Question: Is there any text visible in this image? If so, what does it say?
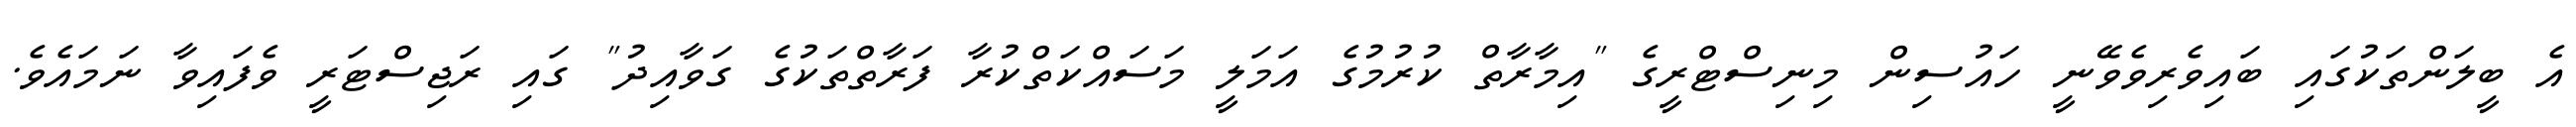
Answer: އެ ބީލަންތަކުގައި ބައިވެރިވެވޭނީ ހައުސިން މިނިސްޓްރީގެ "އިމާރާތް ކުރުމުގެ އަމަލީ މަސައްކަތްކުރާ ފަރާތްތަކުގެ ގަވާއިދު" ގައި ރަޖިސްޓަރީ ވެފައިވާ ނަމައެވެ.